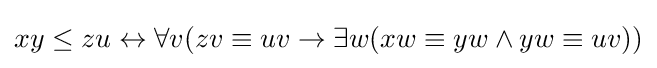
xy\leq zu\leftrightarrow \forall v(zv\equiv uv\rightarrow \exists w(xw\equiv yw\land yw\equiv uv))